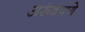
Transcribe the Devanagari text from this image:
अरूंदपणे